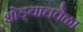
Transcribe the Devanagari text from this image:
थोड्याचवेळा